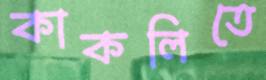
কাকলিতে